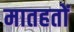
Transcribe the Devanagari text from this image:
मातहतों